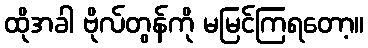
ထိုအခါ ဗိုလ်တွန်ကို မမြင်ကြရတော့။